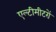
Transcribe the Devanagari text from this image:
एल्टीमीटरों